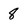
Character: 8